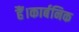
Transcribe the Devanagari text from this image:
हैं।कार्बनिक